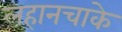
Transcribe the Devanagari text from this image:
लहानचाके